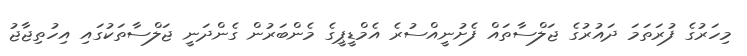
މިހަރުގެ ފުރަތަމަ ދައުރުގެ ޖަލްސާތައް ފެށުނީއްސުރެ އެމްޑީޕީގެ މެންބަރުން ގެންދަނީ ޖަލްސާތަކުގައި އިހުތިޖާޖު